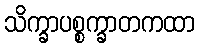
သိက္ခာပစ္စက္ခာတကထာ